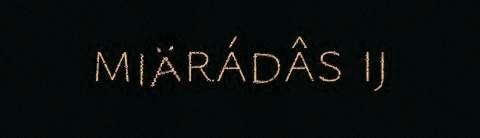
miärádâs ij